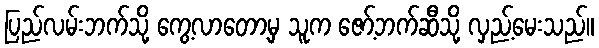
ပြည်လမ်းဘက်သို့ ကွေ့လာတော့မှ သူက ဇော့်ဘက်ဆီသို့ လှည့်မေးသည်။